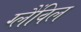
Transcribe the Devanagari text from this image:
ग्लैंविल